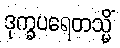
ဒုက္ခပရေတသ္မိံ